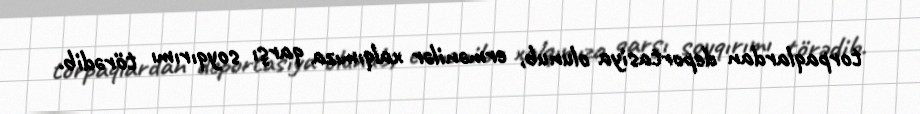
torpaqlardan deportasiya olunub, ermənilər xalqımıza qarşı soyqırımı törədib.